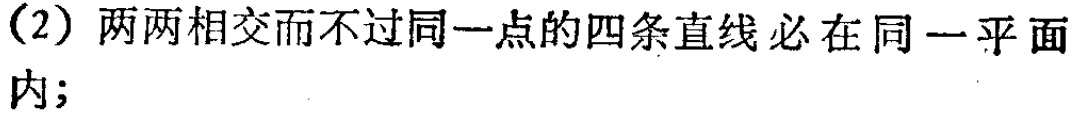
（2）两两相交而不过同一点的四条直线必在同一平面内;